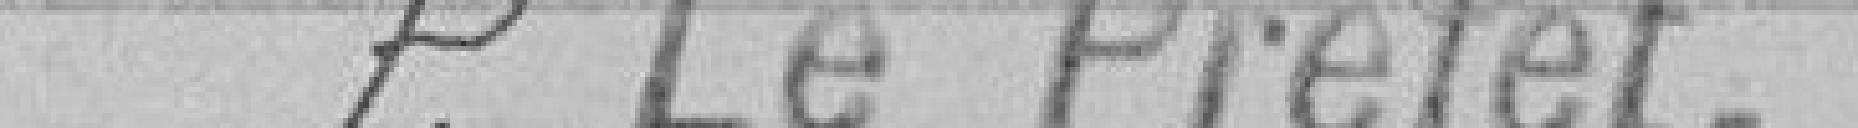
P. le Préfet,